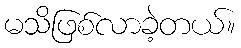
မသိဖြစ်လာခဲ့တယ်။